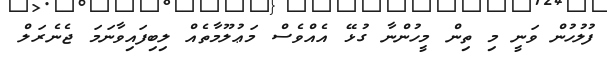
ފުލުހުން ވަނީ މި ތިން މީހުންނާ ގުޅޭ އެއްވެސް މަޢުލޫމާތެއް ލިބިފައިވާނަމަ ޖެނެރަލް